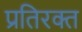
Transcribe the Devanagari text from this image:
प्रतिरक्त